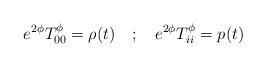
LaTeX: \begin{align*}e^{2\phi}T_{00}^{\phi} = \rho (t) \quad ; \quad e^{2\phi}T_{ii}^{\phi} = p(t)\end{align*}